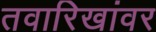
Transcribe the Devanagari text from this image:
तवारिखांवर